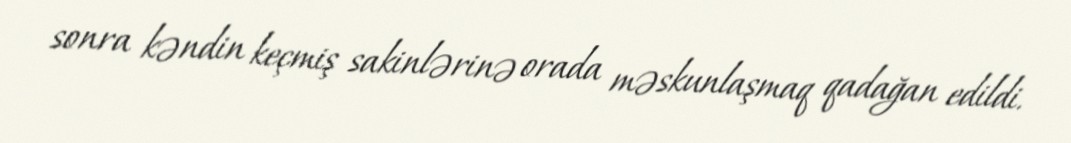
sonra kəndin keçmiş sakinlərinə orada məskunlaşmaq qadağan edildi.